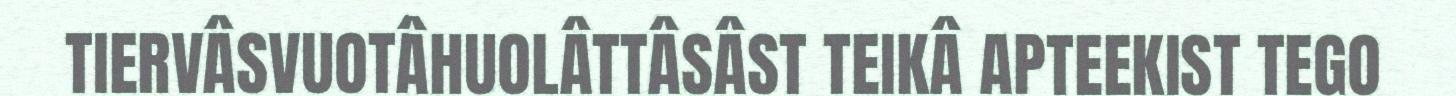
TIERVÂSVUOTÂHUOLÂTTÂSÂST TEIKÂ APTEEKIST TEGO